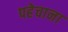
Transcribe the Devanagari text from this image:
पहेचाना